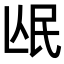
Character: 𭯰